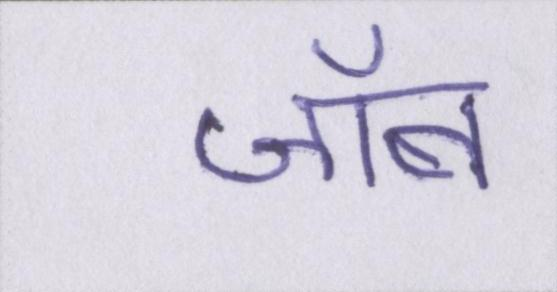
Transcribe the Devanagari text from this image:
जॉब